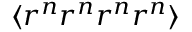
\langle r ^ { n } r ^ { n } r ^ { n } r ^ { n } \rangle